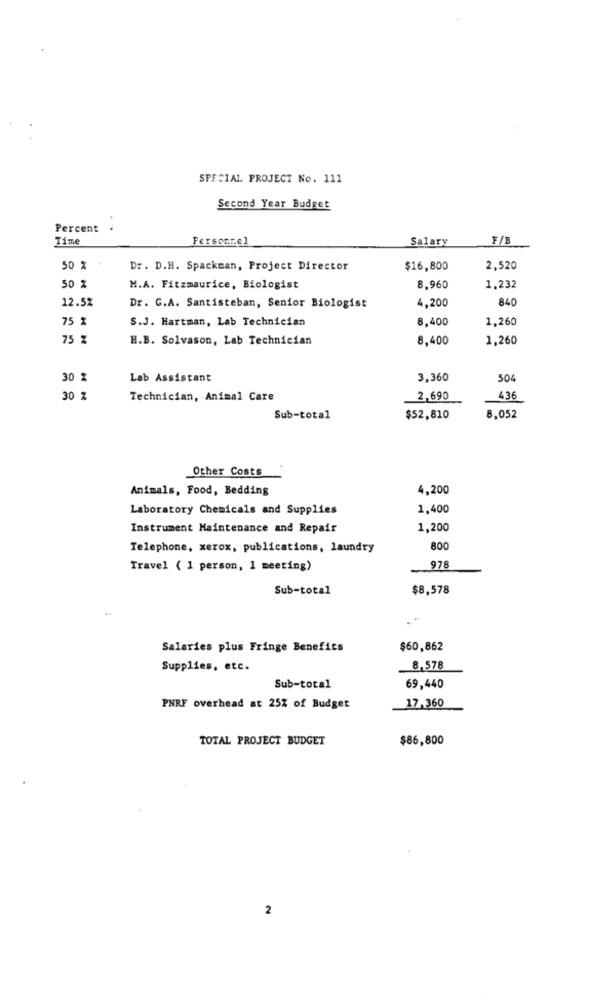
SPECIAL PROJECT No. 111
Second Year Budget
Percent
Time
Fersonrel
Salary
F/B
50 %
Dr. D.H. Spackman, Project Director
$16,800
2,520
50 %
M.A. Fitzmaurice, Biologist
8,960
1.232
12.5%
840
Dr. G.A. Santisteban, Senior Biologist
4,200
75 %
S.J. Hartman, Lab Technician
8,400
1,260
75 %
H.B. Solvason, Lab Technician
8,400
1,260
30 %
Lab Assistant
3,360
504
30 %
Technician, Animal Care
2,690
436
Sub-total
$52,810
8,052
Other Costs
Animals, Food, Bedding
4,200
Laboratory Chemicals and Supplies
1,400
Instrument Maintenance and Repair
1,200
Telephone, xerox, publications, laundry
800
Travel ( 1 person, 1 meeting)
978
Sub-total
$8,578
..
Salaries plus Fringe Benefits
$60,862
Supplies, etc.
8,578
Sub-total
69,440
PNRF overhead at 25% of Budget
17,360
TOTAL PROJECT BUDGET
$86,800
2